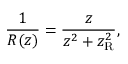
{ \frac { 1 } { R ( z ) } } = { \frac { z } { z ^ { 2 } + z _ { \mathrm { R } } ^ { 2 } } } ,